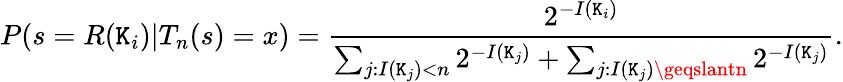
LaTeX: P(s=R(\mathtt{K}_{i})|T_{n}(s)=x)={\frac{{2^{-I(\mathtt{K}_{i})}}}{{\sum_{j:I(\mathtt{K}_{j})<n}2^{-I(\mathtt{K}_{j})}+\sum_{j:I(\mathtt{K}_{j})\geqslantn}2^{-I(\mathtt{K}_{j})}}}}.